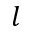
l